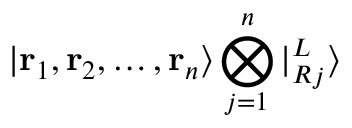
| \mathbf { r } _ { 1 } , \mathbf { r } _ { 2 } , \ldots , \mathbf { r } _ { n } \rangle \bigotimes _ { j = 1 } ^ { n } | { ^ L _ { R } } _ { j } \rangle